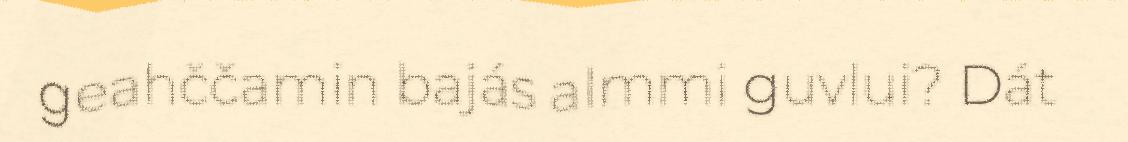
geahččamin bajás almmi guvlui? Dát